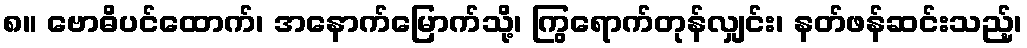
၈။ ဗောဓိပင်ထောက်၊ အနောက်မြောက်သို့၊ ကြွရောက်တုန်လျှင်း၊ နတ်ဖန်ဆင်းသည့်၊